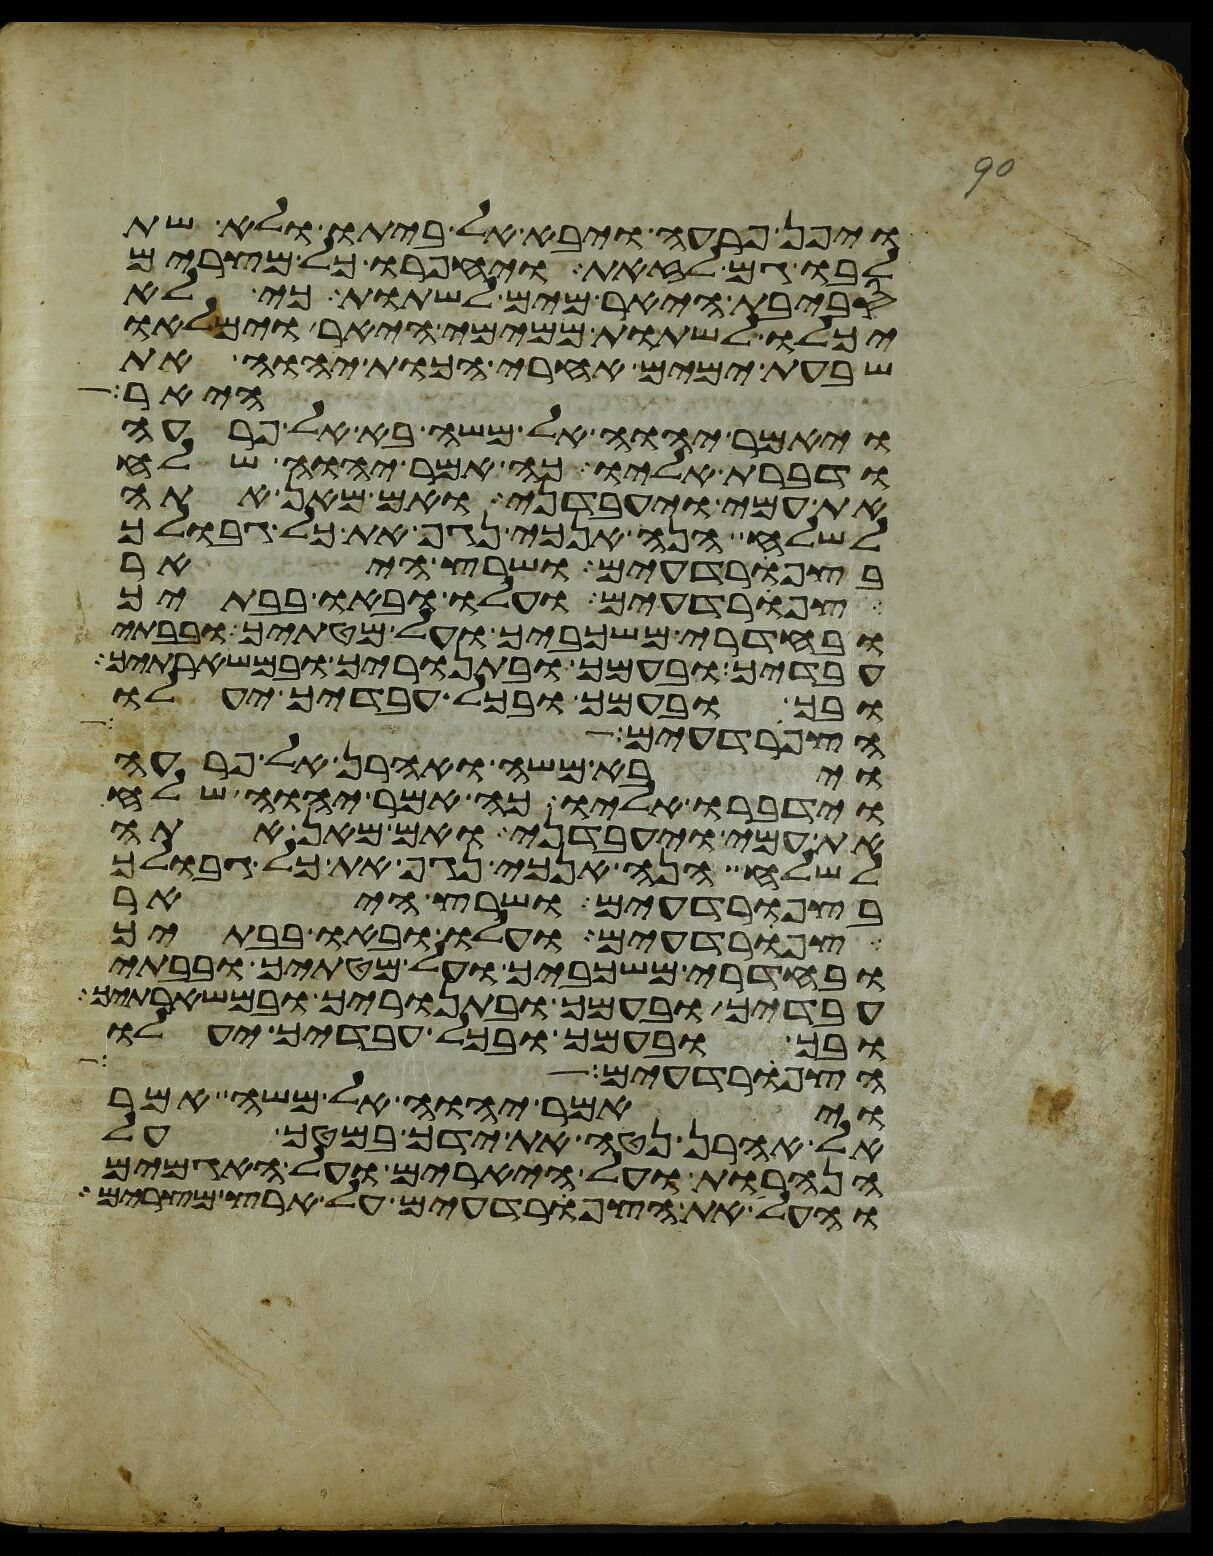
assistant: ויפן פרעה ויבא אל ביתו ולא שת
לבו גם לזאת ויחפרו כל מצרים
סביבת היאר מים לשתות כי לא
יכלו לשתות ממימי היאר וימלאו
שבעת ימים אחרי הכות יהוה את
היאר
ויאמר יהוה אל משה בא אל פרעה
ודברת אליו כה אמר יהוה שלח
את עמי ויעבדני ואם מאן אתה
לשלח הנה אנכי נגף את כל גבולך
בצפרדעים ושרץ היאר
צפרדעים ועלו ובאו בבתיך
ובחדרי משכביך ועל מטתיך ובבתי
עבדיך ובעמך ובתנוריך ובמשארתיך
ובך ובעמך ובכל עבדיך יעלו
הצפרדעים
ויבא משה ואהרן אל פרעה
וידברו אליו כה אמר יהוה שלח
את עמי ויעבדני ואם מאן אתה
לשלח הנה אנכי נגף את כל גבולך
בצפרדעים ושרץ היאר
צפרדעים ועלו ובאו בבתיך
ובחדרי משכביך ועל מטתיך ובבתי
עבדיך ובעמך ובתנוריך ובמשארתיך
ובך ובעמך ובכל עבדיך יעלו
הצפרדעים
ויאמר יהוה אל משה אמר
אל אהרן נטה את ידך במטך על
הנהרות ועל היארים ועל האגמים
והעל את הצפרדעים על ארץ מצרים